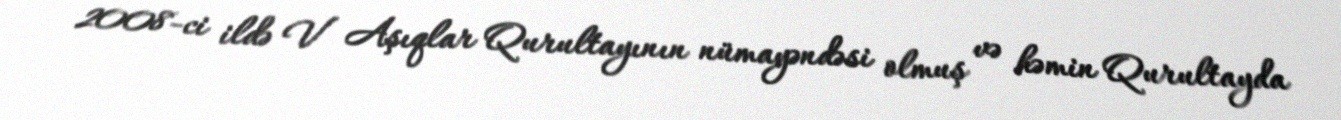
2008-ci ildə V Aşıqlar Qurultayının nümayəndəsi olmuş və həmin Qurultayda